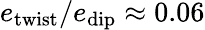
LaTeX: e_{\mathrm{twist}}/e_{\mathrm{dip}}\approx 0.06